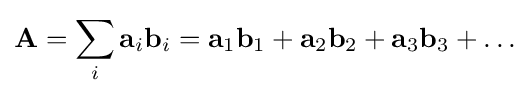
\mathbf {A} =\sum _{i}\mathbf {a} _{i}\mathbf {b} _{i}=\mathbf {a} _{1}\mathbf {b} _{1}+\mathbf {a} _{2}\mathbf {b} _{2}+\mathbf {a} _{3}\mathbf {b} _{3}+\ldots